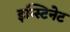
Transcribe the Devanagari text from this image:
इन्स्टिनेट